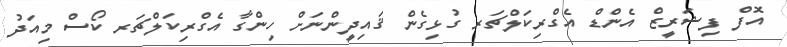
އޮފް ފިޝަރީޒް އެންޑް އެގްރިކަލްޗަރ ގުޅިގެން ޤައިދީންނަށް ހިންގާ އެގްރިކަލްޗަރ ކޯސް މިއަދު